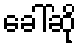
ခေါ်ဆို